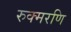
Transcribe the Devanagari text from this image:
रुक्मरणि